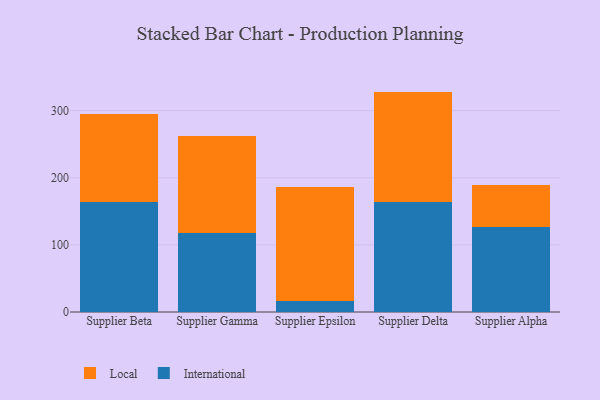
{"axis": {"x": "Supplier", "y": "Energy Usage (MWh)"}, "legend": ["International", "Local"], "data": [{"x": "Supplier Beta", "y": 163.9, "type": "International"}, {"x": "Supplier Beta", "y": 131.5, "type": "Local"}, {"x": "Supplier Gamma", "y": 118.1, "type": "International"}, {"x": "Supplier Gamma", "y": 144.5, "type": "Local"}, {"x": "Supplier Epsilon", "y": 16.8, "type": "International"}, {"x": "Supplier Epsilon", "y": 169.1, "type": "Local"}, {"x": "Supplier Delta", "y": 163.9, "type": "International"}, {"x": "Supplier Delta", "y": 164.4, "type": "Local"}, {"x": "Supplier Alpha", "y": 126.4, "type": "International"}, {"x": "Supplier Alpha", "y": 63.2, "type": "Local"}]}